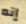
إنه